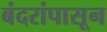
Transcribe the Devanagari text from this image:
बंदरांपासून